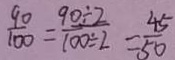
\frac { 9 0 } { 1 0 0 } = \frac { 9 0 \div 2 } { 1 0 0 \div 2 } = \frac { 4 5 } { 5 0 }